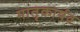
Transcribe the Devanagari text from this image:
मातृकार्षव